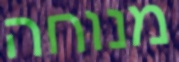
מנוחה